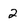
Character: 2